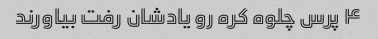
۴ پرس چلوه کره رو یادشان رفت بیاورند